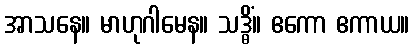
အာသနေ။ မာဟုဂါမေန။ သဒ္ဓိံ။ ဧကော ဧကာယ။